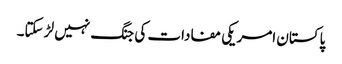
پاکستان امریکی مفادات کی جنگ نہیں لڑ سکتا۔